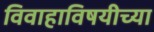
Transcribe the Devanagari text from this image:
विवाहाविषयीच्या